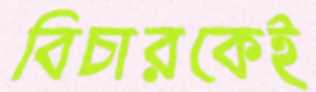
বিচারকেই